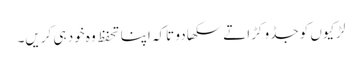
لڑکیوں کو جڈو کڑاتے سکھا دو تاکہ اپنا تحفظ وہ خود ہی کریں۔